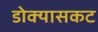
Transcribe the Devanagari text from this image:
डोक्यासकट